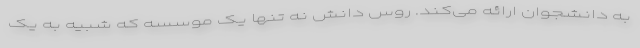
به دانشجوان ارائه می‌کند. روس دانش نه تنها یک موسسه که شبیه به یک